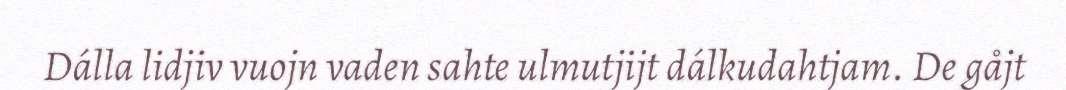
Dálla lidjiv vuojn vaden sahte ulmutjijt dálkudahtjam. De gåjt